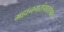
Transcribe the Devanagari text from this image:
महानगरांपाठोपाठ